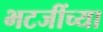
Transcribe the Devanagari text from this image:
भटजींच्या